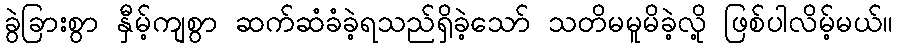
ခွဲခြားစွာ နှီမ့်ကျစွာ ဆက်ဆံခံခဲ့ရသည်ရှိခဲ့သော် သတိမမူမိခဲ့လို့ ဖြစ်ပါလိမ့်မယ်။